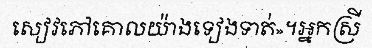
សៀវភៅគោលយ៉ាងទៀងទាត់»។អ្នកស្រី